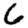
Digit: 6